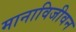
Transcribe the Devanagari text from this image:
मानाविजीवन